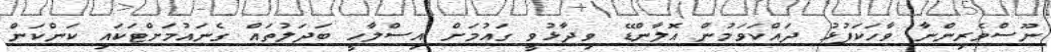
ނޫސްވެރިންނާ ވާހަކަފުޅު ދައްކަވަމުން އޮލާންޑޭ ވިދާޅުވީ ގައުމަށް އިސްލާހީ ބަދަލުތައް ގެނައުމަށްޓަކައި ކަންކަން